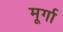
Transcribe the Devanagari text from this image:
मूर्गा